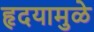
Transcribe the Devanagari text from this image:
हृदयामुळे